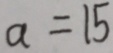
a = 1 5